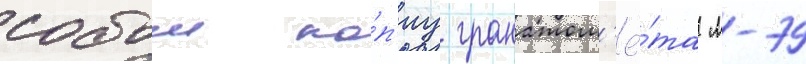
собои ко́п'иу гранатом'ё́та м-79